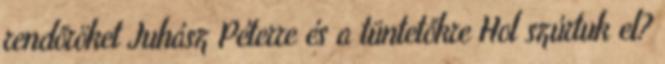
rendőröket Juhász Péterre és a tüntetőkre Hol szúrtuk el?